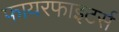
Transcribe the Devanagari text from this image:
फायरफाइटर्स